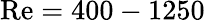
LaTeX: \mathrm{Re}=400-1250